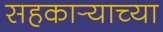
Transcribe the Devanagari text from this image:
सहकार्‍याच्या